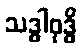
သဒ္ဓါဝုဒ္ဓိ